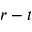
r - t